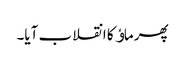
پھر ماﺅ کا انقلاب آیا۔